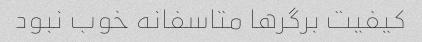
کیفیت برگرها متاسفانه خوب نبود